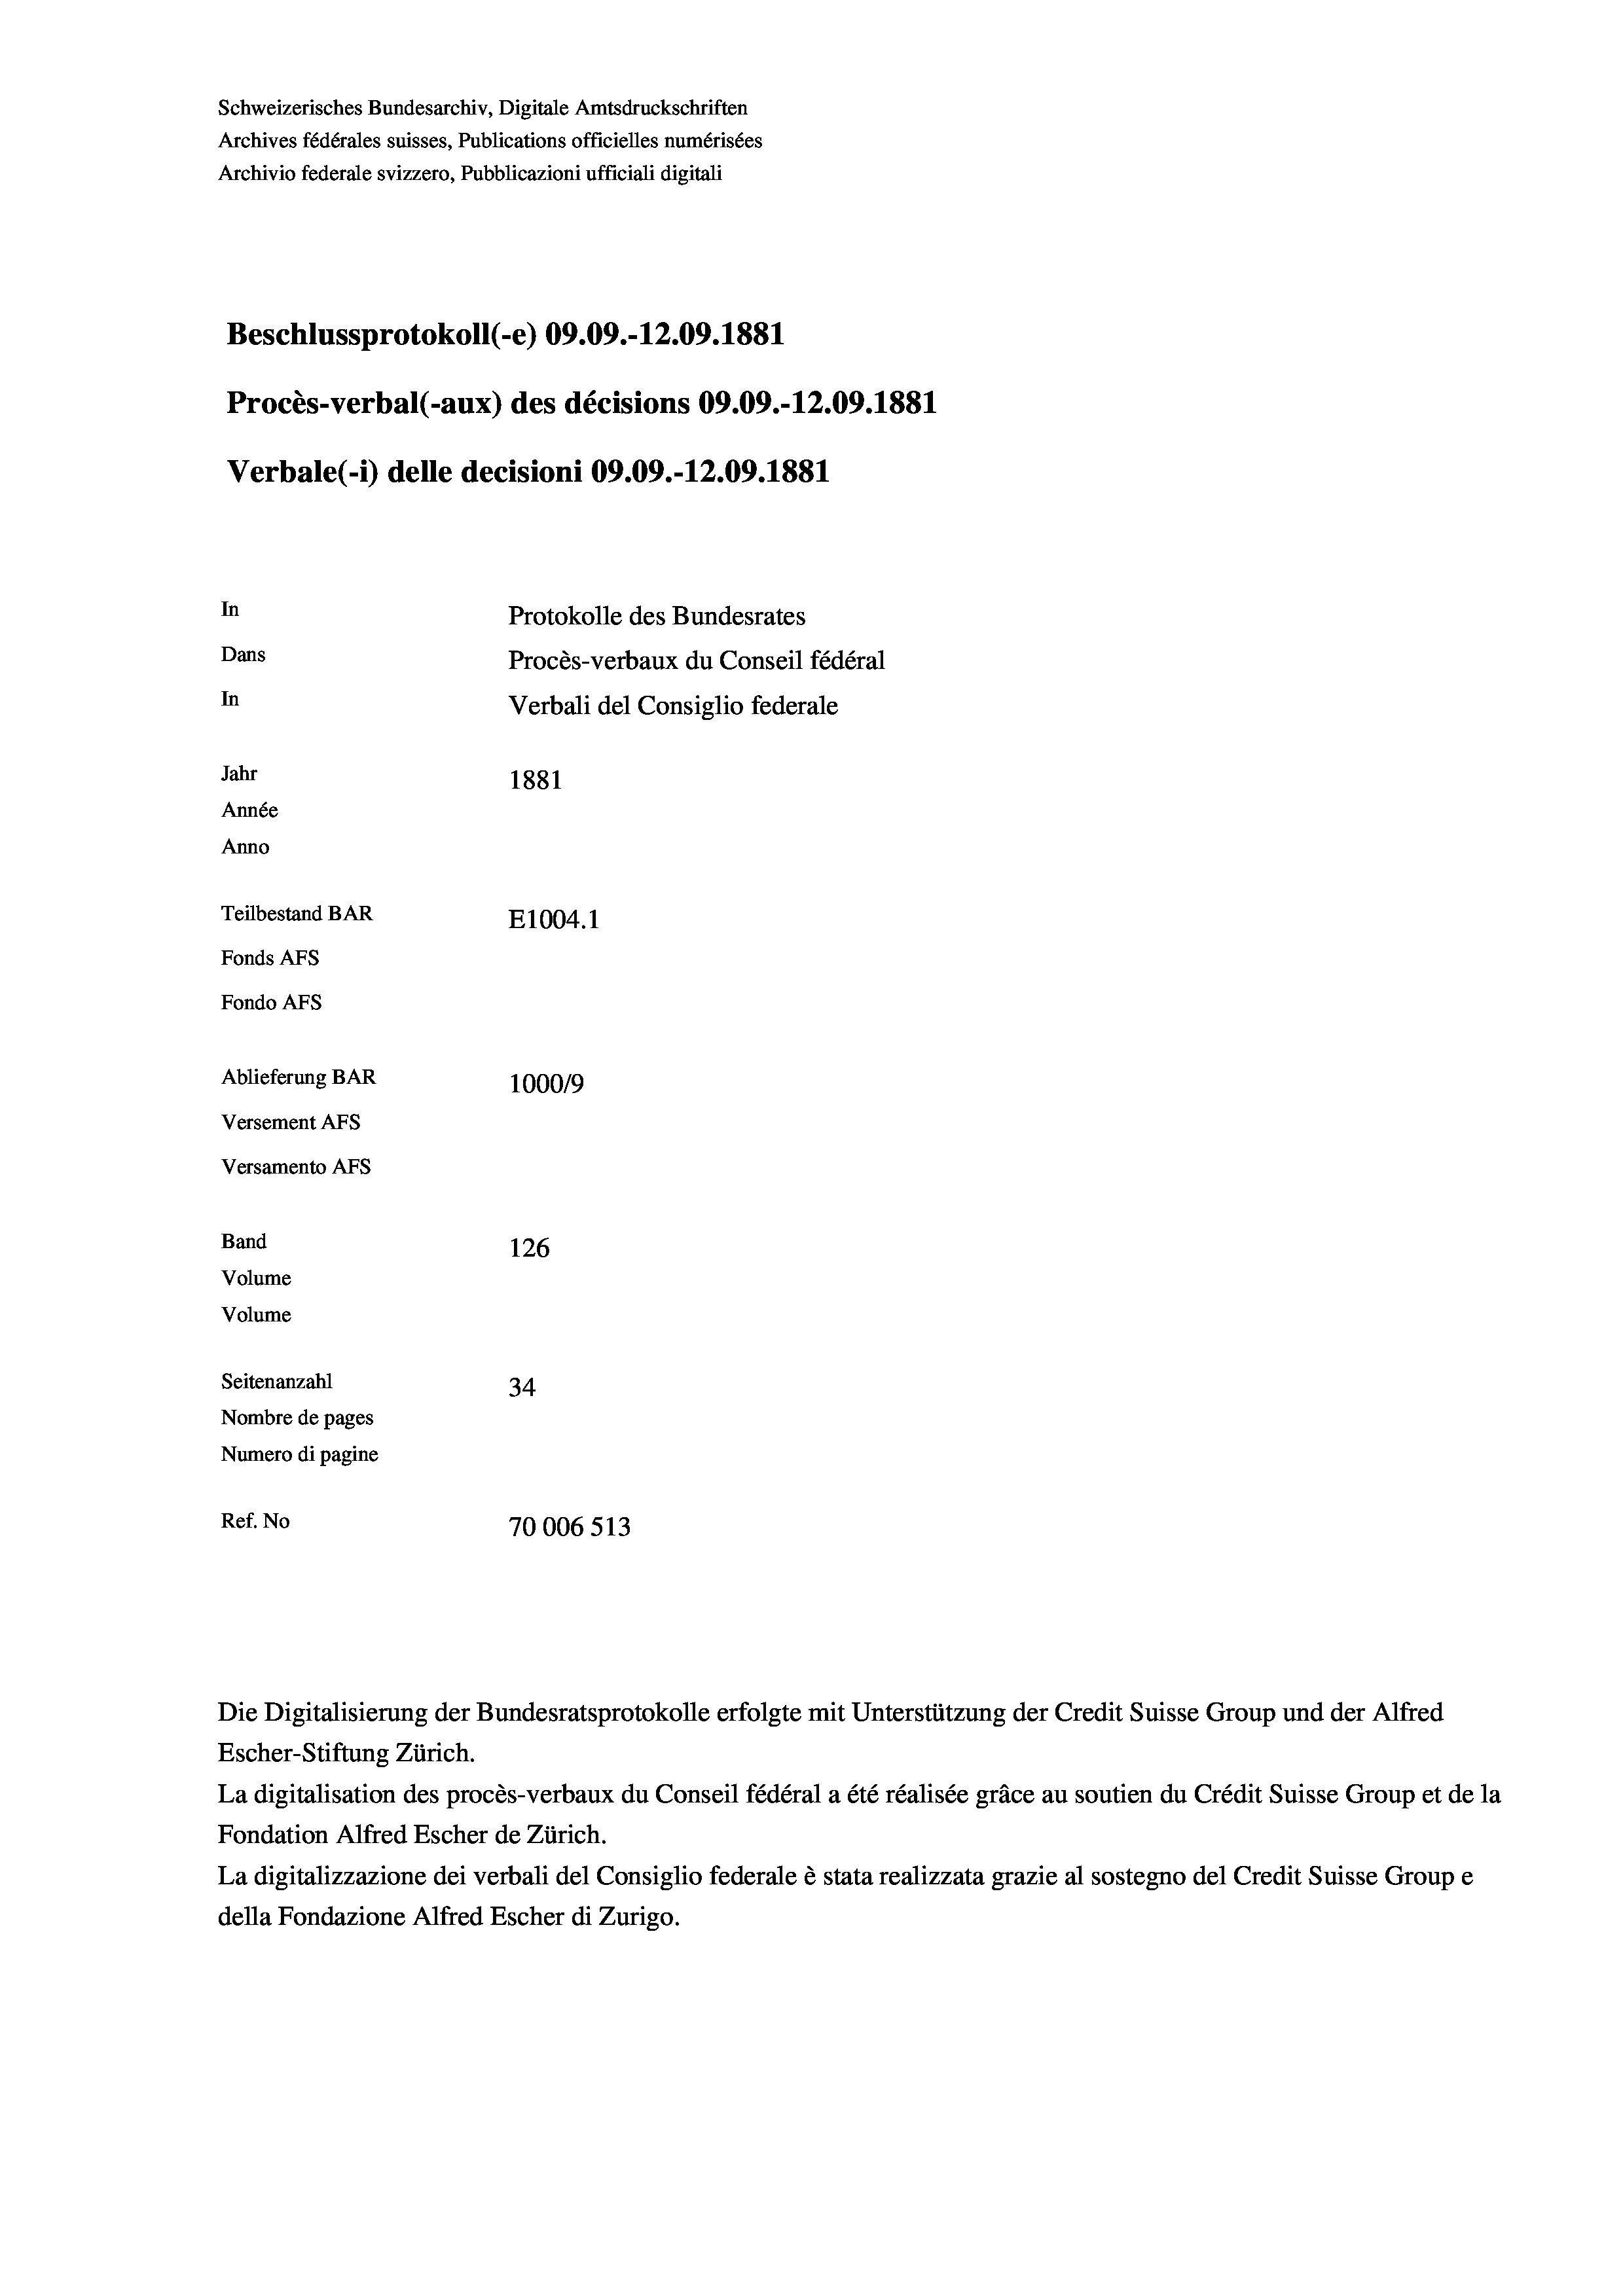
Schweizerisches Bundesarchiv, Digitale Amtsdruckschriften
Archives fédérales suisses, Publications officielles numérisées
Archivio federale svizzero, Pubblicazioni ufficiali digitali
Beschlussprotokoll (-e) 09.09.-12.09. 1881
Procès-verbal (-aux) des décisions 09.09.-12.09. 1881
In
Protokolle des Bundesrates
Dans
Procès-verbaux du Conseil fédéral
In
Verbali del Consiglio federale
Jahr
1881
Année
Anno
Teilbestand BAR
E1004.1
Fonds AFs
Fondo Afs
Ablieferung BAR
100019
Versement AFs
Versamento AFs

Band
Volume
Volume
Seitenanzahl

126
34.
Nombre de pages
Numero di pagine
Ref. No
70006513

Verbale (- 1) delle decisioni 09.09.-12.09. 1881

Die Digitalisierung der Bundesratsprotokolle erfolgte mit Unterstützung der Credit Suisse Group und der Alfred
Escher-Stiftung Zürich.
La digitalisation des procès-verbaux du Conseil fédéral a été réalisée gräce au soutien du Crédit Suisse Group et de la
Fondation Alfred Escher de Zürich.
La digitalizzazione dei verbali del Consiglio federale è stata realizzata grazie al sostegno del Credit Suisse Groupe
della Fondazione Alfred Escher di Zurigo.